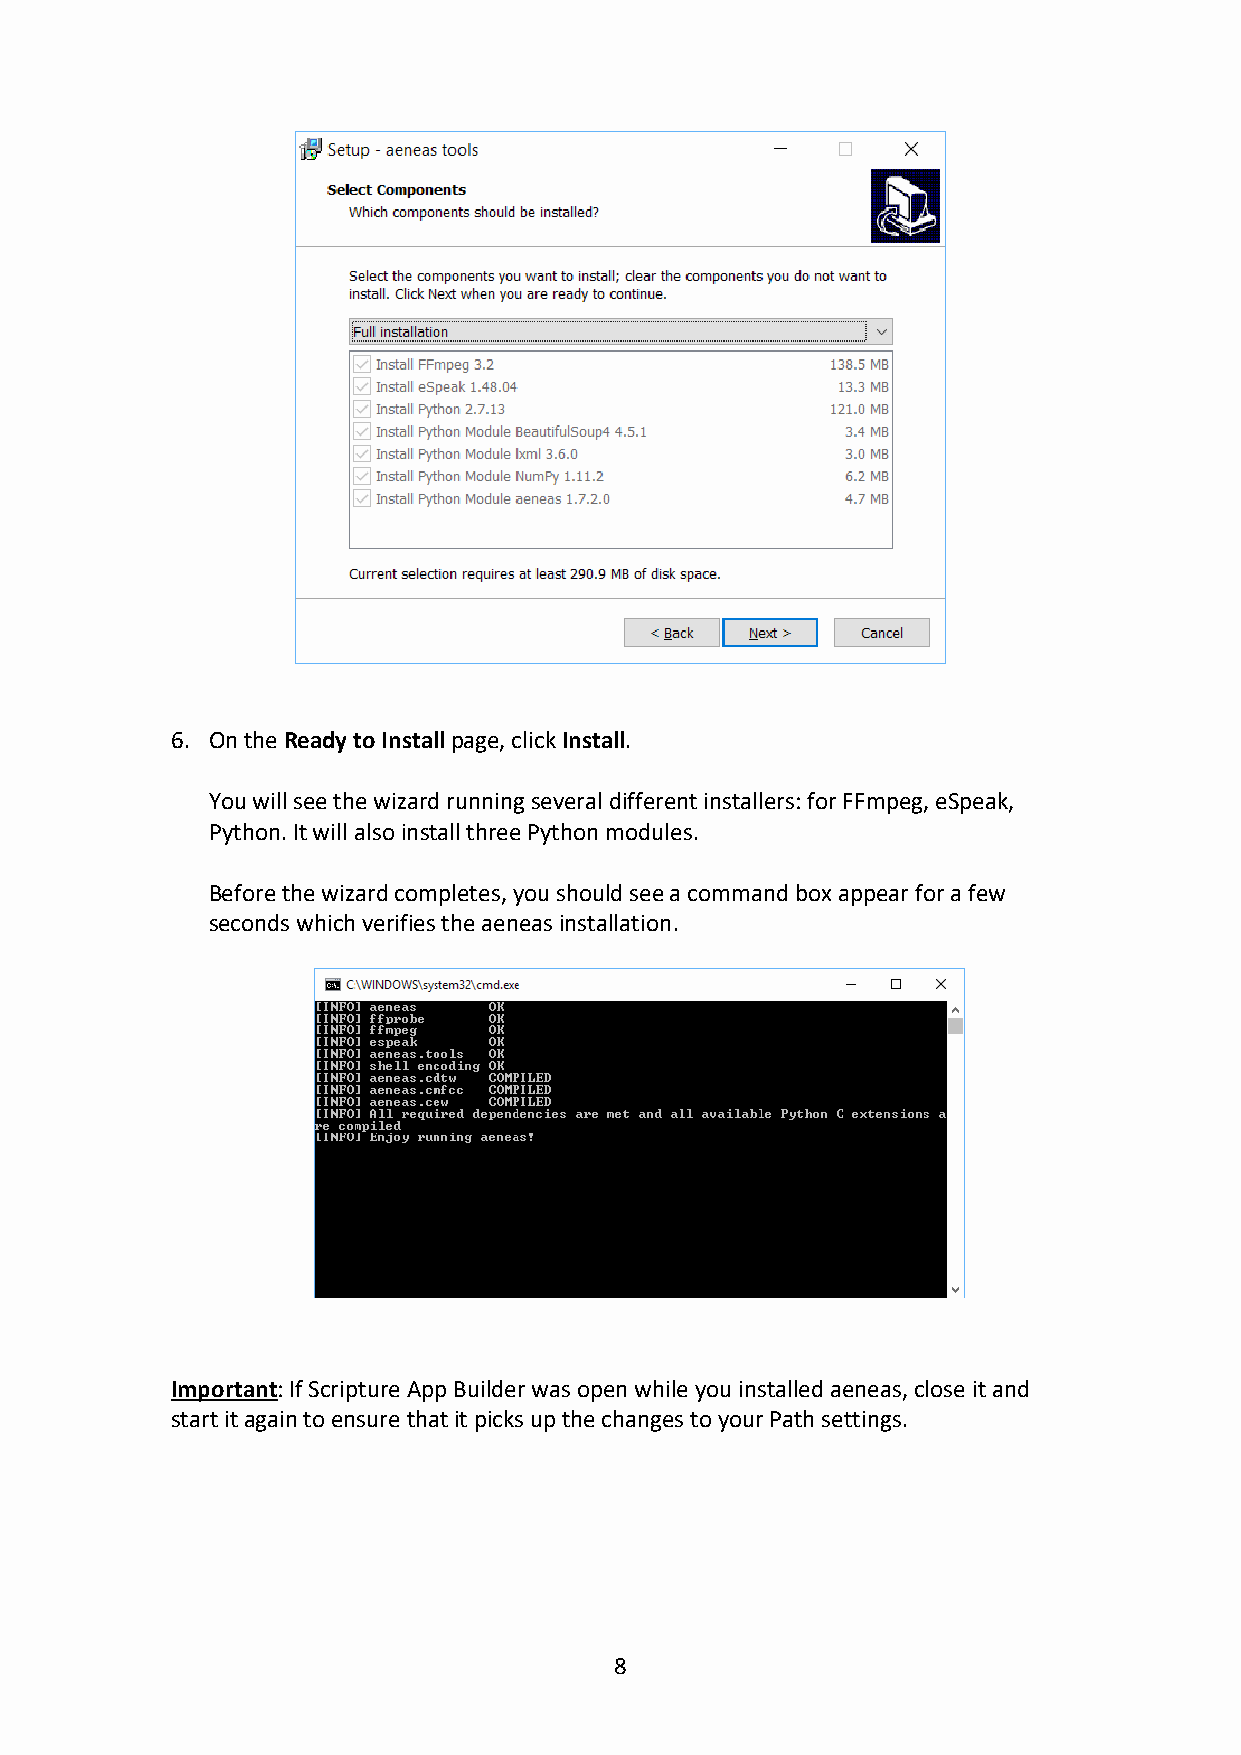
6. On the Ready to Install page, click Install.
 You will see the wizard running several different installers: for FFmpeg, eSpeak,
 Python. It will also install three Python modules.
 Before the wizard completes, you should see a command box appear for a few
 seconds which verifies the aeneas installation.
 Important: If Scripture App Builder was open while you installed aeneas, close it and
 start it again to ensure that it picks up the changes to your Path settings.
 8